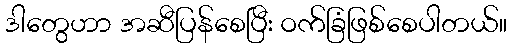
ဒါတွေဟာ အဆီပြန်စေပြီး ဝက်ခြံဖြစ်စေပါတယ်။